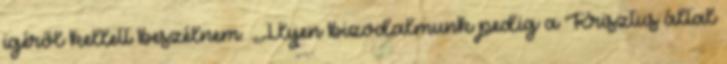
igéről kellett beszélnem. „Ilyen bizodalmunk pedig a Krisztus által